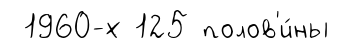
1960-х 125 полов'и́ны